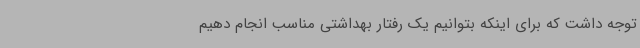
توجه داشت که برای اینکه بتوانیم یک رفتار بهداشتی مناسب انجام دهیم